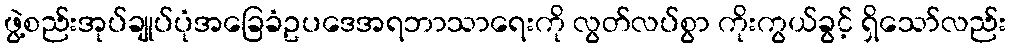
ဖွဲ့စည်းအုပ်ချုပ်ပုံအခြေခံဥပဒေအရဘာသာရေးကို လွတ်လပ်စွာ ကိုးကွယ်ခွင့် ရှိသော်လည်း